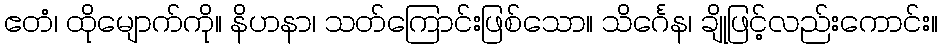
ဧတံ၊ ထိုမျောက်ကို။ နိဟနာ၊ သတ်ကြောင်းဖြစ်သော။ သိင်္ဂေန၊ ချိုဖြင့်လည်းကောင်း။